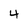
Character: 4